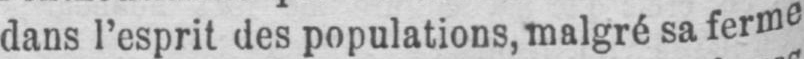
dans l’esprit des populations, malgré sa ferme